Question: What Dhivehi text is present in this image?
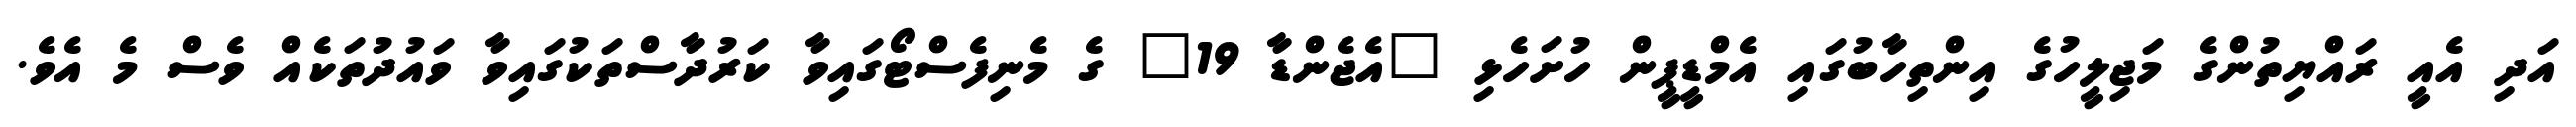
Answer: އަދި އެއީ ރައްޔިތުންގެ މަޖިލީހުގެ އިންތިހާބުގައި އެމްޑީޕީން ހުށަހެޅި "އެޖެންޑާ 19" ގެ މެނިފެސްޓޯގައިވާ ކަރުދާސްތަކުގައިވާ ވައުދުތަކެއް ވެސް މެ އެވެ.